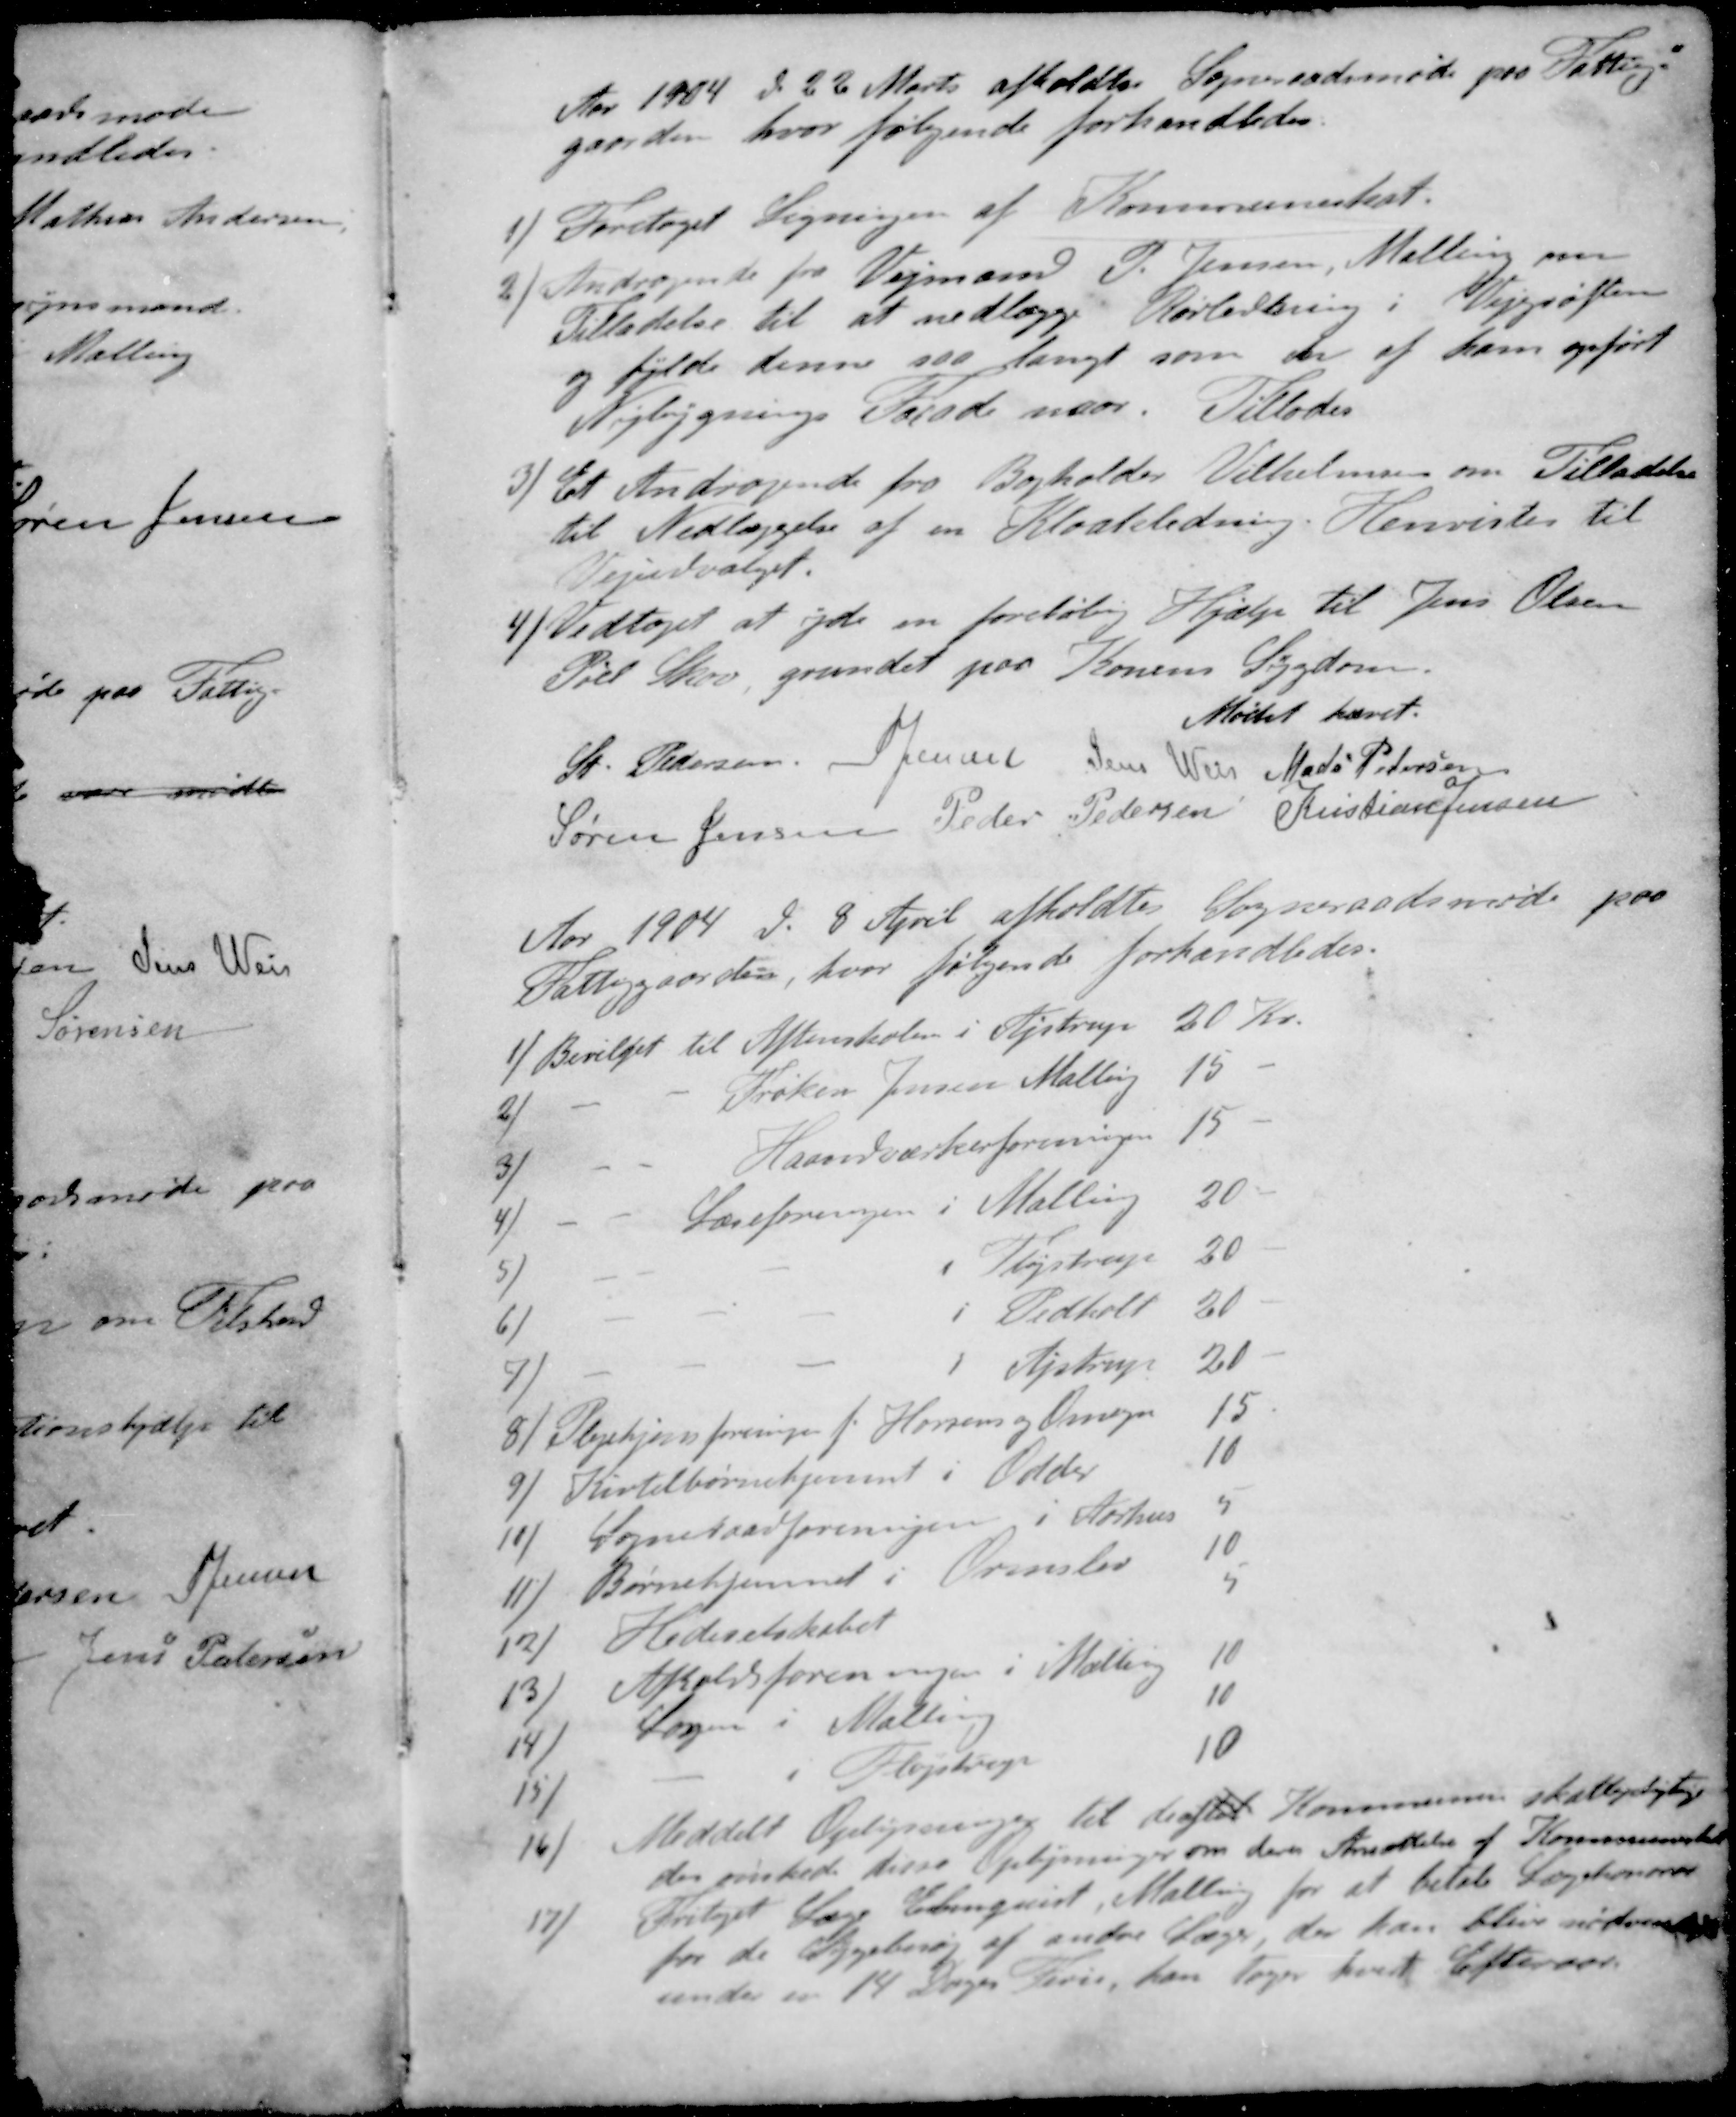
Transskription:
Aar 1904 d. 22 Marts afholdtes Sogneraadsmøde paa Fattig-
gaarden, hvor følgende forhandledes.
1 /Foretaget Ligningen af Kommuneskat.
2 / Andragende fra Vejmand P Jensen, Malling paa
Tilladelse til at nedlægge Rørledning i Vejgrøften
og fylde denne saa langt som en af ham opført
Nybygnings Facade naar. Tillades
3 / Et Andragende fra Bogholder Vilhelmsen om Tilladelse
til Nedlæggelse af en Kloakledning. Henvistes til
Vejudvalget.
4 / Vedtoges at yde en foreløbig Hjælp til Jens Olsen
Pøel Skov, grundet paa Konens Sygdom.
Mødet hævet.
St Pedersen
S Jensen
Jens Weis
Mads Pedersen
Søren Jensen
Peder Pedersen
Kristian Jensen
Aar 1904 d. 8 April afholdtes Sogneraadsmøde paa
Fattiggaarden, hvor følgende forhandledes.
1 / Bevilget til Aftenskolen i Fløjstrup 20 Kr.
2 / - - Frøken Jensen Malling 15 -
3 / - - Haandværkerforeningen 15 -
4 / - - Læseforeningen i Malling 20 -
5 / - - - i Fløjstrup 20 -
6 /- - - i Pedholt 20 -
7 / - - - i Ajstrup 21 -
8 / Plejehjemsforeninger f. Horsens og Omegn 15
9 / Kirtelbørnehjemmet i Odder 10
10 / Sogneraadsforeningen i Aarhus 5
11 / Børnehjemmet i Ormslev 10
12 / Hedeselskabet 5
13 / Afholdsforeningen i Malling 10
14 / Logen i Mallin 10
15 / - i Fløjstrup 10
16 /Meddelt Oplysningen til de af til Kommunens skattepligtige
der ønskede disse Oplysninger om deres Ansættelse af Kommuneskat
17 / Fritaget Læge Elmguist, Malling for at betale Lægehonorar
for de Sygebesøg af andre Læger der kan blive nødvendige
under en 14 Dages Ferie, han tager hver Efteraar